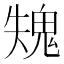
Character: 𩲫